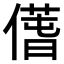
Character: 𠎲